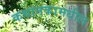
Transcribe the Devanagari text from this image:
कथानकामधील